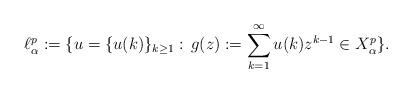
LaTeX: \begin{align*}\ell^p_\alpha :=\{ u=\{u(k)\}_{k\geq1}:\, g(z):=\sum_{k=1}^\infty u(k) z^{k-1} \in X^{p}_\alpha\}.\end{align*}